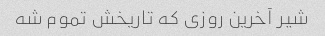
شیر آخرین روزی که تاریخش تموم شه